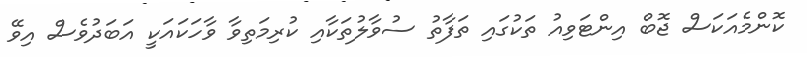
ކޮންމެއަކަސް ޖޮބް އިންޓަވިއު ތަކުގައި ތަފާތު ސުވާލުތަކާއި ކުރިމަތިވާ ވާހަކައަކީ އަބަދުވެސް އިވޭ